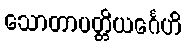
သောတာပတ္တိယင်္ဂေဟိ